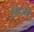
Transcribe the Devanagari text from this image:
लिएऔर